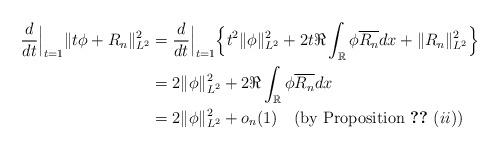
LaTeX: \begin{align*}\begin{aligned}\frac{d}{dt}\Big|_{t=1}\|t\phi+R_n\|_{L^2}^2&=\frac{d}{dt}\Big|_{t=1} \Big\{t^2 \|\phi\|_{L^2}^2+2t\Re \int_{\mathbb{R}} \phi\overline{R_n} dx+\|R_n\|_{L^2}^2\Big\}\\&=2 \|\phi\|_{L^2}^2+2\Re \int_{\mathbb{R}}\phi\overline{R_n} dx\\&=2\|\phi\|_{L^2}^2+o_n(1)\quad\textup{(by Proposition \ref{bubble decomposition} $(ii)$)}\end{aligned}\end{align*}